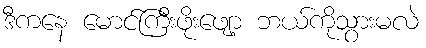
ဒီကနေ မောင်ကြီးဖိုးဖျော့ ဘယ်ကိုသွားမလဲ